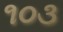
૧૦૩